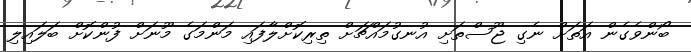
ބޯންވެގެން އަތަށް ނެގި ޖޫސްތަށި އުނގުމައްޗަށް ތިރިކޮށްލާފައި މަންމަގެ މޫނަށް ފުންކޮށް ބަލައިލި